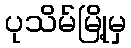
ပုသိမ်မြို့မှ